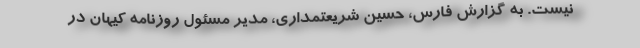
نیست. به گزارش فارس، حسین شریعتمداری، مدیر مسئول روزنامه کیهان در